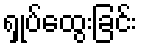
ရှုပ်ထွေးခြင်း